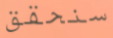
سنحقق